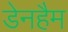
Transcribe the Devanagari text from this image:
डेनहैम